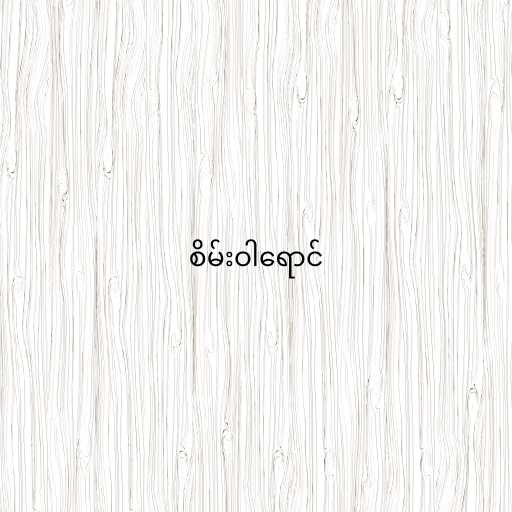
စိမ်းဝါရောင်